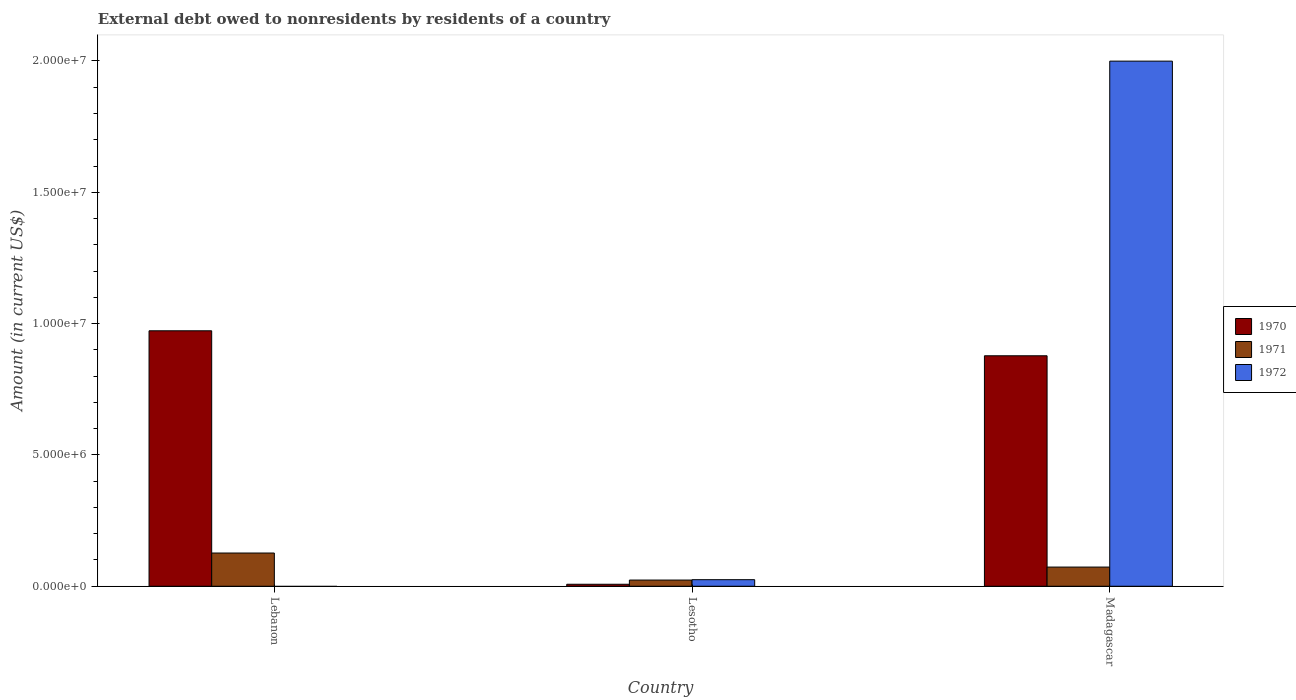
| Country | 1970 | 1971 | 1972 |
 | --- | --- | --- | --- |
 | Lebanon | 9.73e+06 | 1.26e+06 | -6.84e+06 |
 | Lesotho | 7.6e+04 | 2.36e+05 | 2.5e+05 |
 | Madagascar | 8.78e+06 | 7.3e+05 | 2e+07 |